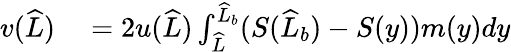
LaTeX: \begin{array}{rl}{v(\widehat{L})}&{{}=2u(\widehat{L})\int_{\widehat{L}}^{\widehat{L}_{b}}(S(\widehat{L}_{b})-S(y))m(y)dy}\end{array}